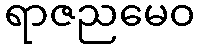
ရာဇညမေဝ